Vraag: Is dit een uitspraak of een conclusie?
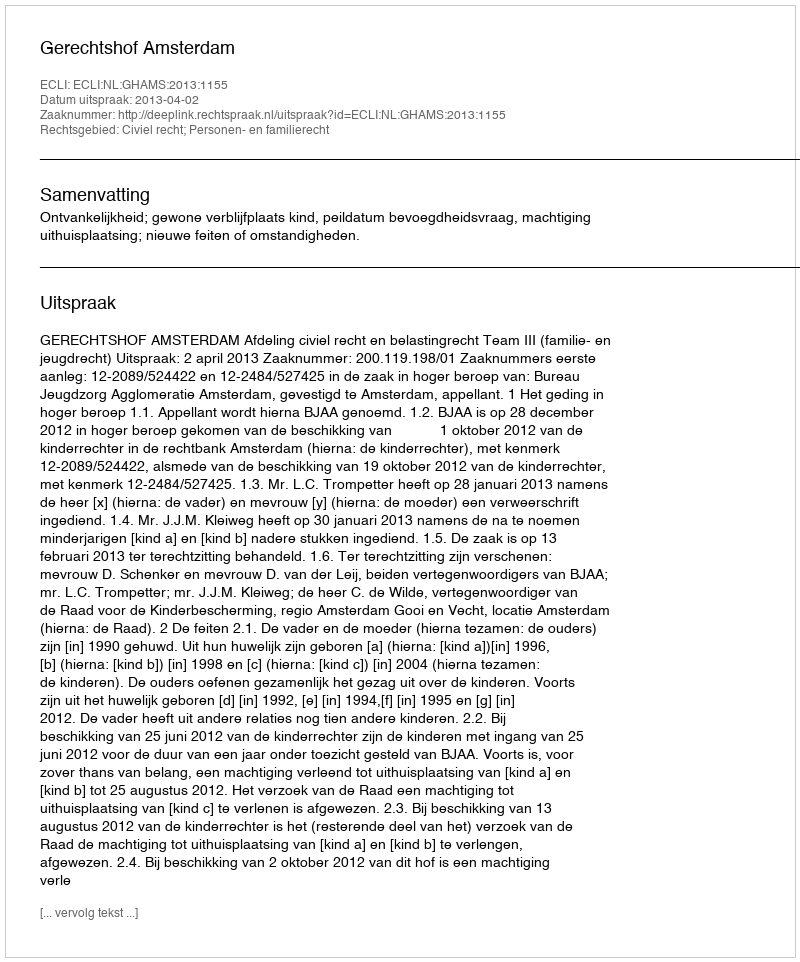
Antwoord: Uitspraak